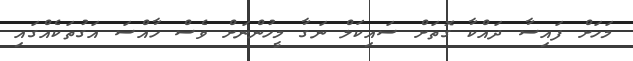
މަހަށް ފައިސާ ދައްކާ ގޮތަށް ސައިކަލް ނަގާ މީހުންނަށް ވެސް ހާއްސަ އަގުތަކެއްގައި